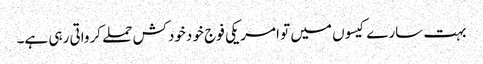
بہت سارے کیسوں میں تو امریکی فوج خو دخودکش حملے کرواتی رہی ہے۔